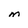
Character: M